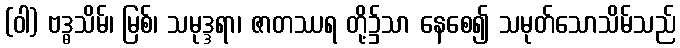
(ဝါ) ဗဒ္ဓသိမ်၊ မြစ်၊ သမုဒ္ဒရာ၊ ဇာတဿရ တို့၌သာ နေစေ၍ သမုတ်သောသိမ်သည်